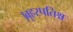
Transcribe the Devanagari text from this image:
।बृहस्पतिश्च